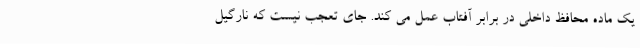
یک ماده محافظ داخلی در برابر آفتاب عمل می کند. جای تعجب نیست که نارگیل